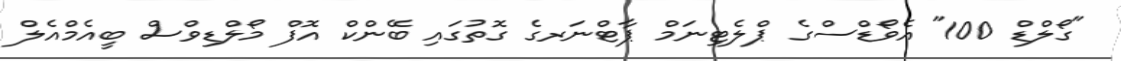
"ގޯލްޑް 100" އެވޯޑްސްގެ ޕްލެޓިނަމް ޕާޓްނަރގެ ގޮތުގައި ބޭންކް އޮފް މޯލްޑިވްސް ބީއެމްއެލް